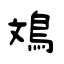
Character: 鳼